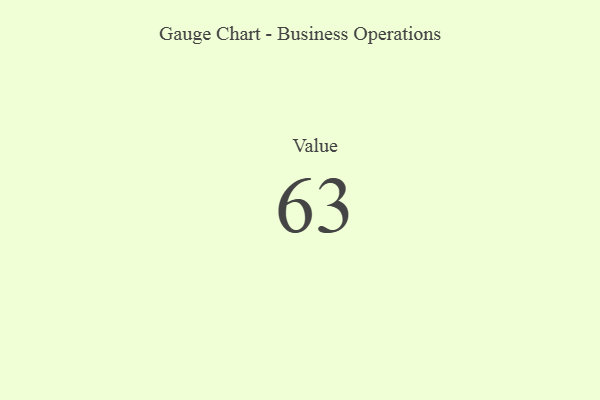
{"axis": {"x": "Metric", "y": "Value"}, "legend": [""], "data": [{"x": "Value", "y": 63, "type": ""}]}